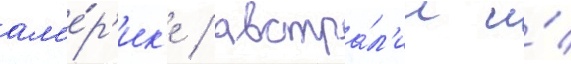
ам'е́р'ик'е / австра́л'ии и́